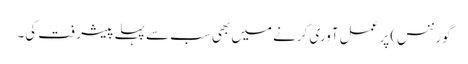
گورننس) پر عمل آوری کرنے میں بھی سب سے پہلے پیشرفت کی۔